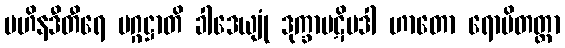
ဗဟိနဒီတီရေ မဂ္ဂဋ္ဌာတိ ခါဒေယျုံ ဒုက္ခာပဋိပဒါ ဟာတော ရောပိတတ္တာ